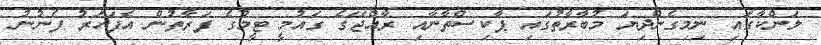
ލަންކާގައި ނިމިގެންދިޔަ މުބާރާތުގައި ޕާކިސްތާނާއި ރާއްޖޭގެ ގައުމީ ޓީމުގެ ފަރާތުން އެފަހަރު ފެނުނު